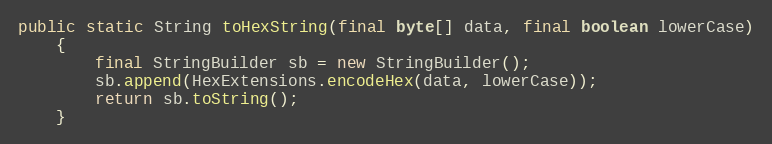
Language: Java
public static String toHexString(final byte[] data, final boolean lowerCase)
	{
		final StringBuilder sb = new StringBuilder();
		sb.append(HexExtensions.encodeHex(data, lowerCase));
		return sb.toString();
	}